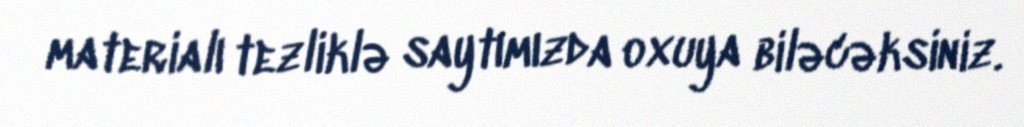
materialı tezliklə saytımızda oxuya biləcəksiniz.